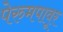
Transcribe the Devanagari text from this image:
पेरुमपावूर